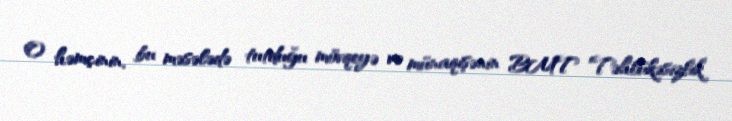
O həmçinin, bu məsələdə tutduğu mövqeyə və münaqişənin BMT Təhlükəsizlik